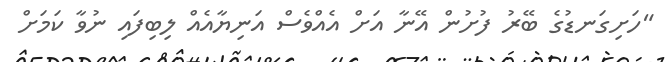
"ހަށިގަނޑުގެ ބޭރު ފުށުން އޭނާ އަށް އެއްވެސް އަނިޔާއެއް ލިބިފައި ނުވާ ކަމަށް